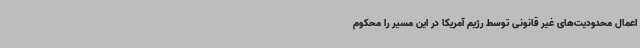
اعمال محدودیت‌های غیر قانونی توسط رژیم آمریکا در این مسیر را محکوم